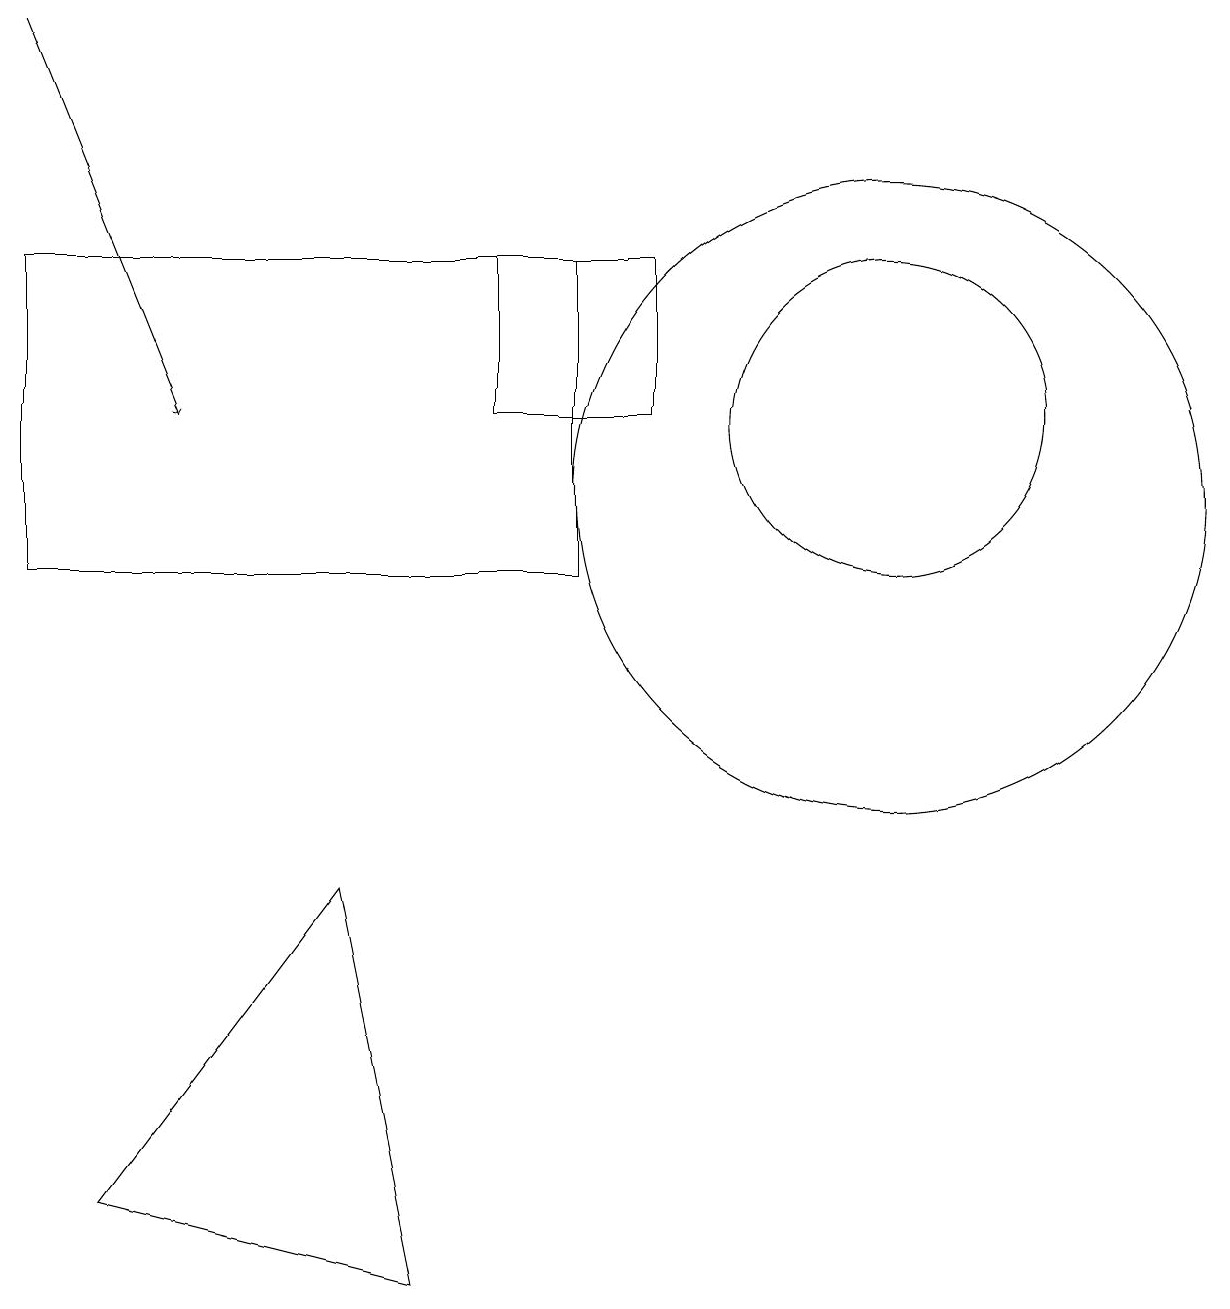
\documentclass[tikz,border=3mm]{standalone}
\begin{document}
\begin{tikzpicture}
\draw[->] (0,17) -- (2,12);
\draw (6,14) rectangle (8,12);
\draw (11,11) circle (4);
\draw (11,12) circle (2);
\draw (0,10) rectangle (7,14);
\draw (4,6) -- (5,1) -- (1,2) -- cycle;
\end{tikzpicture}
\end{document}